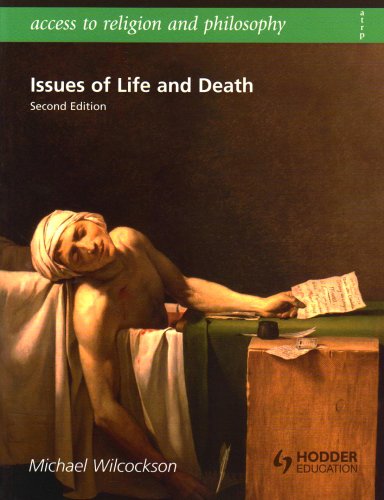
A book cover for Issues of Life and Death (Access to Religion and Philosophy); Michael Wilcockson; Law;